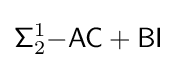
{\mathsf {\Sigma }}_{2}^{1}{\mathsf {-AC+BI}}